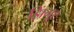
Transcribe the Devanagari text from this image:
झिंगूर